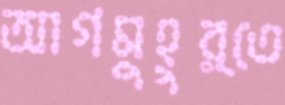
আগমুহুর্তে